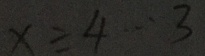
x \div 4 \cdots 3